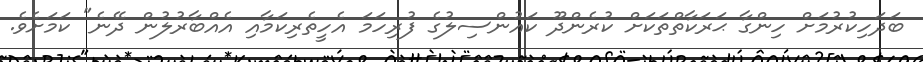
ބަދަހިކުރުމަށް ހިންގާ ޙަރަކާތްތަކަށް ކުރެންދޫ ކައުންސިލުގެ ފުރިހަމަ އެހީތެރިކަމާއި އެއްބާރުލުން ދޭނެ" ކަމަށެވެ.